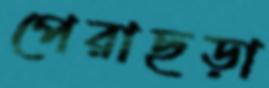
পেরাছড়া